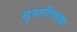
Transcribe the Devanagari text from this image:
सुपारीएवढ्या